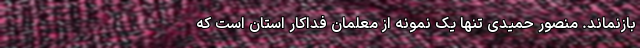
بازنماند. منصور حمیدی تنها یک نمونه از معلمان فداکار استان است که